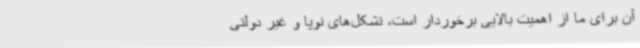
آن برای ما از اهمیت بالایی برخوردار است، تشکل‌های نوپا و غیر دولتی